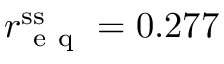
r _ { \mathrm { ~ e ~ q ~ } } ^ { \mathrm { s s } } = 0 . 2 7 7